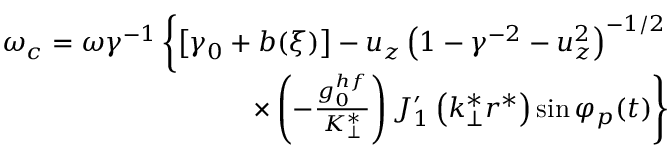
\begin{array} { r } { \omega _ { c } = \omega \gamma ^ { - 1 } \left\{ \left[ \gamma _ { 0 } + b ( \xi ) \right] - u _ { z } \left( 1 - \gamma ^ { - 2 } - u _ { z } ^ { 2 } \right) ^ { - 1 / 2 } \right. } \\ { \left. \times \left( - \frac { g _ { 0 } ^ { h f } } { K _ { \perp } ^ { * } } \right) J _ { 1 } ^ { \prime } \left( k _ { \perp } ^ { * } r ^ { * } \right) \sin \varphi _ { p } ( t ) \right\} } \end{array}